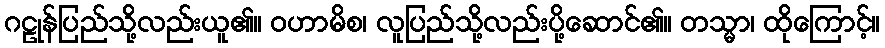
ဂဠုန်ပြည်သို့လည်းယူ၏။ ဝဟာမိစ၊ လူပြည်သို့လည်းပို့ဆောင်၏။ တသ္မာ၊ ထိုကြောင့်။